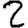
Digit: 2